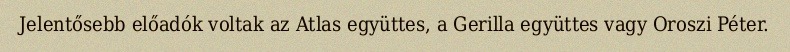
Jelentősebb előadók voltak az Atlas együttes, a Gerilla együttes vagy Oroszi Péter.